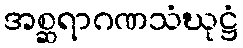
အစ္ဆရာဂဏသံဃုဋ္ဌံ